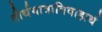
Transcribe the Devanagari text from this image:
तीर्थयात्राविवाहार्थ